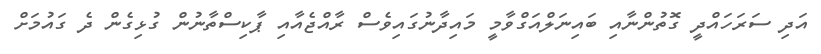
އަދި ސަރަހައްދީ ގޮތުންނާއި ބައިނަލްއަގްވާމީ މައިދާނުގައިވެސް ރާއްޖެއާއި ޕާކިސްތާނުން ގުޅިގެން ދެ ގައުމަށް